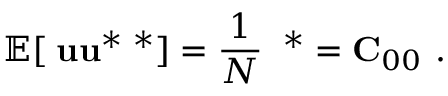
\mathbb { E } [ { \bf \Psi u u } ^ { * } { \bf \Psi } ^ { * } ] = \frac { 1 } { N } { \bf \Psi \Psi } ^ { * } = { \bf C } _ { 0 0 } \mathrm { ~ . ~ }